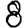
Digit: 8